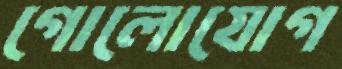
গোলোযোগ